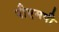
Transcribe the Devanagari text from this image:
पीएमपी